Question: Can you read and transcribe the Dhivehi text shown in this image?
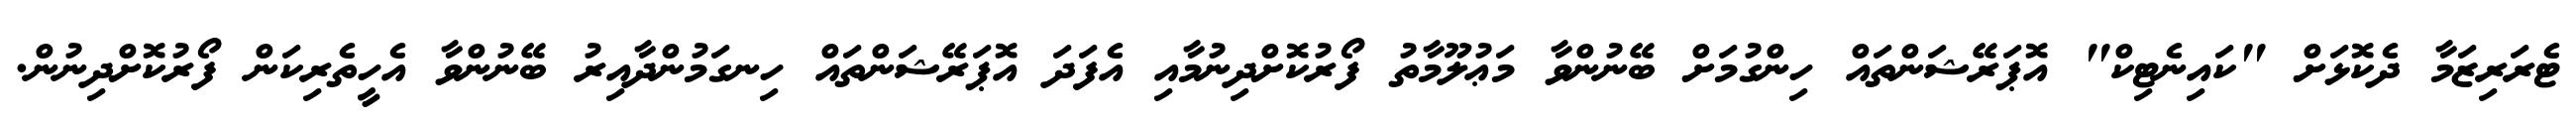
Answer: ޓެރަރިޒަމާ ދެކޮޅަށް "ކައިނެޓިކް" އޮޕަރޭޝަންތައް ހިންގުމަށް ބޭނުންވާ މަޢުލޫމާތު ފޯރުކޮށްދިނުމާއި އެފަދަ އޮޕަރޭޝަންތައް ހިނގަމުންދާއިރު ބޭނުންވާ އެހީތެރިކަން ފޯރުކޮށްދިނުން.